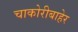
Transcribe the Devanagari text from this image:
चाकोरीबाहेर